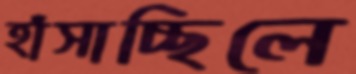
হাঁসাচ্ছিলে